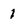
Character: 1